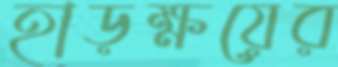
হাড়ক্ষয়ের